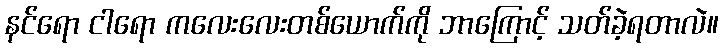
နင်ရော ငါရော ကလေးလေးတစ်ယောက်ကို ဘာကြောင့် သတ်ခဲ့ရတာလဲ။